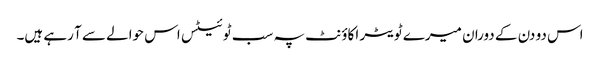
اس دو دن کے دوران میرے ٹویٹر اکاؤنٹ پہ سب ٹوئیٹس اس حوالے سے آ رہے ہیں۔